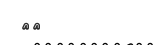
٢٩